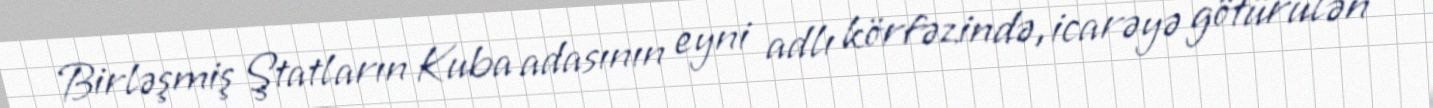
Birləşmiş Ştatların Kuba adasının eyni adlı körfəzində, icarəyə götürülən